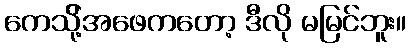
ကေသို့်အဖေကတော့ ဒီလို မမြင်ဘူး။